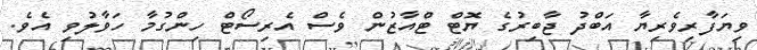
ވިޔަފާރިވެރިޔާ އަބްދު ޖާބިރުގެ ޔޮޓް ޓްއާޒުން ވެސް އެރިސޯޓް ހިންގުމާ ހަވާލުވި އެވެ.